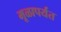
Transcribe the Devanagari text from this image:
मूळापर्यंत